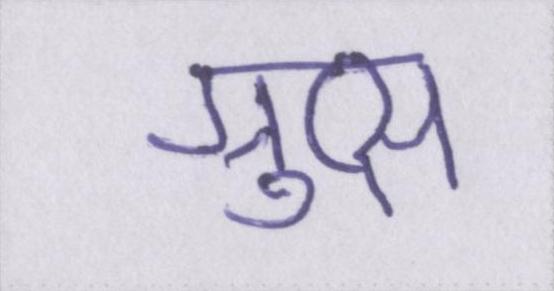
ग्रुप्स